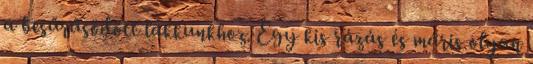
a besűrűsödött lakkunkhoz. Egy kis rázás és máris olyan